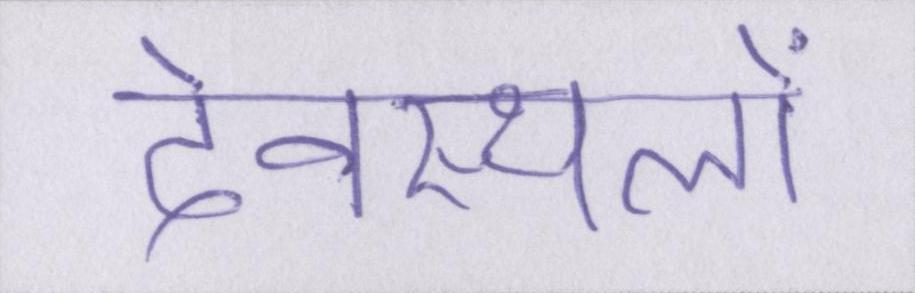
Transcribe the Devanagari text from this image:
देवस्थलों